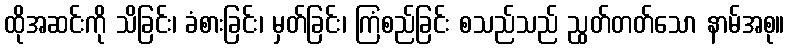
ထိုအဆင်းကို သိခြင်း၊ ခံစားခြင်း၊ မှတ်ခြင်း၊ ကြံစည်ခြင်း စသည်သည် ညွတ်တတ်သော နာမ်အစု။